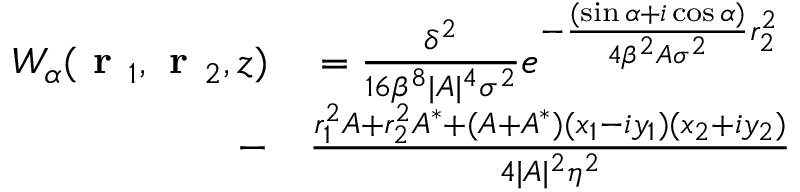
\begin{array} { r l } { W _ { \alpha } ( \textbf { r } _ { 1 } , \textbf { r } _ { 2 } , z ) } & { { } = \frac { \delta ^ { 2 } } { 1 6 \beta ^ { 8 } \lvert A \rvert ^ { 4 } \sigma ^ { 2 } } e ^ { - \frac { ( \sin { \alpha } + i \cos { \alpha } ) } { 4 \beta ^ { 2 } A \sigma ^ { 2 } } r _ { 2 } ^ { 2 } } } \\ { - } & { { } \frac { r _ { 1 } ^ { 2 } A + r _ { 2 } ^ { 2 } A ^ { * } + ( A + A ^ { * } ) ( x _ { 1 } - i y _ { 1 } ) ( x _ { 2 } + i y _ { 2 } ) } { 4 \lvert A \rvert ^ { 2 } \eta ^ { 2 } } } \end{array}